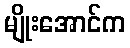
မျိုးအောင်က